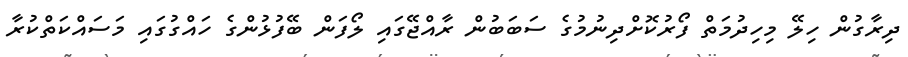
ދިރާގުން ހިލޭ މިހިދުމަތް ފޯރުކޮށްދިނުމުގެ ސަބަބުން ރާއްޖޭގައި ލޯފަން ބޭފުޅުންގެ ހައްގުގައި މަސައްކަތްކުރާ